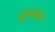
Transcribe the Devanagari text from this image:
दूरप्रहार